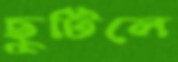
ছুটিলে